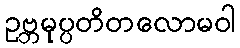
ဥဗ္ဘမုပ္ပတိတလောမဝါ